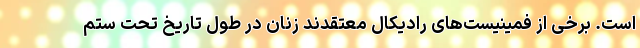
است. برخی از فمینیست‌های رادیکال معتقدند زنان در طول تاریخ تحت ستم